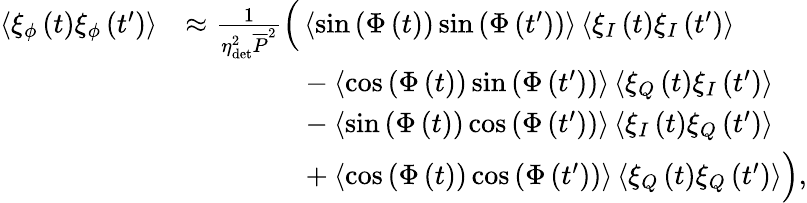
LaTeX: \begin{array}{rl}{\left\langle\xi_{\phi}\left(t\right)\xi_{\phi}\left(t^{\prime}\right)\right\rangle}&{\approx\frac{1}{\eta_{\mathrm{det}}^{2}\overline{{P}}^{2}}\Big(\left\langle\sin{\left(\Phi\left(t\right)\right)}\sin{\left(\Phi\left(t^{\prime}\right)\right)}\right\rangle\left\langle\xi_{I}\left(t\right)\xi_{I}\left(t^{\prime}\right)\right\rangle}\\ &{\hphantom{=\frac{1}{\eta_{\mathrm{det}}^{2}\overline{{P}}^{2}}\Big(}-\left\langle\cos{\left(\Phi\left(t\right)\right)}\sin{\left(\Phi\left(t^{\prime}\right)\right)}\right\rangle\left\langle\xi_{Q}\left(t\right)\xi_{I}\left(t^{\prime}\right)\right\rangle}\\ &{\hphantom{=\frac{1}{\eta_{\mathrm{det}}^{2}\overline{{P}}^{2}}\Big(}-\left\langle\sin{\left(\Phi\left(t\right)\right)}\cos{\left(\Phi\left(t^{\prime}\right)\right)}\right\rangle\left\langle\xi_{I}\left(t\right)\xi_{Q}\left(t^{\prime}\right)\right\rangle}\\ &{\hphantom{=\frac{1}{\eta_{\mathrm{det}}^{2}\overline{{P}}^{2}}\Big(}+\left\langle\cos{\left(\Phi\left(t\right)\right)}\cos{\left(\Phi\left(t^{\prime}\right)\right)}\right\rangle\left\langle\xi_{Q}\left(t\right)\xi_{Q}\left(t^{\prime}\right)\right\rangle\Big),}\end{array}